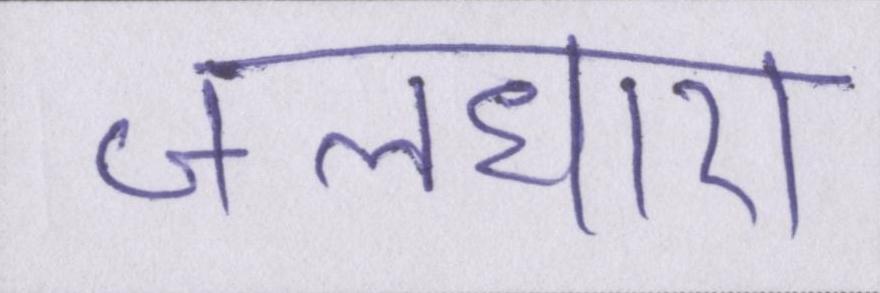
जलधारा